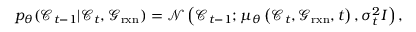
p _ { \theta } ( \mathcal { C } _ { t - 1 } \vert \mathcal { C } _ { t } , \mathcal { G } _ { \mathrm { r x n } } ) = \mathcal { N } \left( \mathcal { C } _ { t - 1 } ; \mu _ { \theta } \left( \mathcal { C } _ { t } , \mathcal { G } _ { \mathrm { r x n } } , t \right) , \sigma _ { t } ^ { 2 } I \right) ,